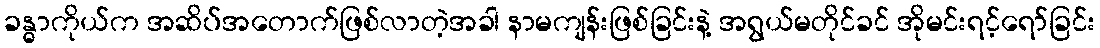
ခန္ဓာကိုယ်က အဆိပ်အတောက်ဖြစ်လာတဲ့အခါ နာမကျန်းဖြစ်ခြင်းနဲ့ အရွယ်မတိုင်ခင် အိုမင်းရင့်ရော်ခြင်း